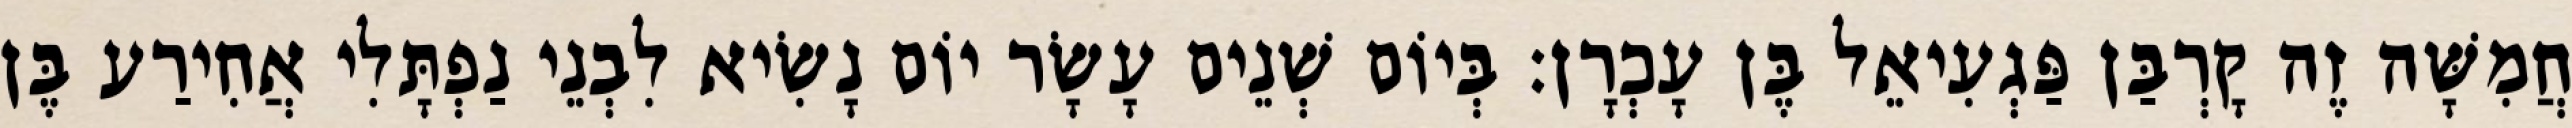
חֲמִשָּׁה זֶה קָרְבַּן פַּגְעִיאֵל בֶּן עָכְרָן׃ בְּיוֹם שְׁנֵים עָשָׂר יוֹם נָשִׂיא לִבְנֵי נַפְתָּלִי אֲחִירַע בֶּן